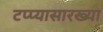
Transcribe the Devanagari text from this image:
टप्प्यासारख्या